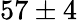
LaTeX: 57\pm 4